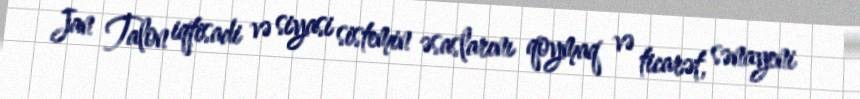
Jan Talon iqtisadi və siyasi sistemin əsaslarını qoymaq və ticarət, sənayeni